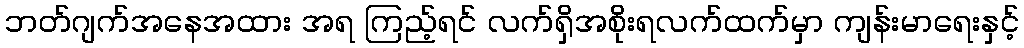
ဘတ်ဂျက်အနေအထား အရ ကြည့်ရင် လက်ရှိအစိုးရလက်ထက်မှာ ကျန်းမာရေးနှင့်